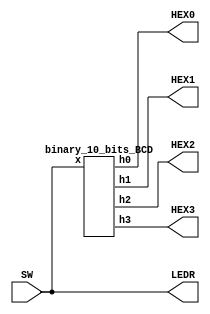
module binary_10_bits_BC_board(
											input [9:0] SW,
											output [0:6] HEX0, HEX1, HEX2, HEX3,
											output [9:0] LEDR);
											
		assign LEDR = SW;
		
		binary_10_bits_BCD ex1(SW[9:0], HEX0[0:6], HEX1[0:6], HEX2[0:6], HEX3[0:6]);

endmodule

module binary_10_bits_BCD(
									input [9:0] x,
									output [0:6] h0, h1, h2, h3);
		
		reg [3:0] t, s, d, j;
		
		always @ (*)
		begin
			j = x%10;
			d = ((x - x%10)%100)/10;
			s = ((x - x%100)%1000)/100;
			t = ((x - x%1000))/1000;
		end
		
		decoder_hex_10 ex2(t[3:0], h3[0:6]);
		decoder_hex_10 ex3(s[3:0], h2[0:6]);
		decoder_hex_10 ex4(d[3:0], h1[0:6]);
		decoder_hex_10 ex5(j[3:0], h0[0:6]);

endmodule

module decoder_hex_10 (
								input [3:0] x,
								output reg [0:6] h);

		always @(*)
		casex(x)
			4'd0: h=7'b0000001;
			4'd1: h=7'b1001111;
			4'd2: h=7'b0010010;
			4'd3: h=7'b0000110;
			4'd4: h=7'b1001100;
			4'd5: h=7'b0100100;
			4'd6: h=7'b0100000;
			4'd7: h=7'b0001111;
			4'd8: h=7'b0000000;
			4'd9: h=7'b0000100;
			default: h=7'b1111111;
		endcase
								
endmodule